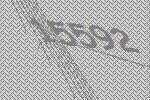
15592